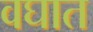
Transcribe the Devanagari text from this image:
वघात